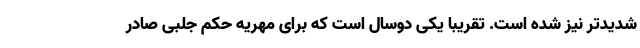
شدیدتر نیز شده است. تقریبا یکی دوسال است که برای مهریه حکم جلبی صادر